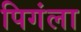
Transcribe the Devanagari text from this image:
पिगंला